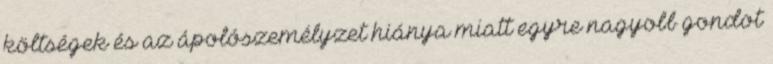
költségek és az ápolószemélyzet hiánya miatt egyre nagyobb gondot